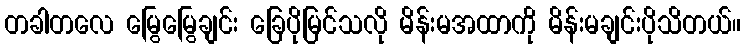
တခါတလေ မြွေမြွေချင်း ခြေပိုမြင်သလို မိန်းမအထာကို မိန်းမချင်းပိုသိတယ်။